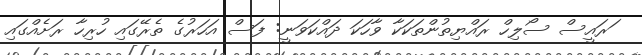
ަރައީސް ސޯލިހް ރައްޔިތުންތަކަކާ ވާހަކަ ދައްކަވަނީ: ފަސް އަހަރުގެ ތެރޭގައި ހުރިހާ ރަށެއްގައި